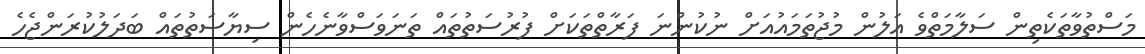
މަސްތުވާތަކެތިން ސަލާމަތްވެ އަލުން މުޖުތަމައުއަށް ނުކުންނަ ފަރާތްތަކަށް ފުރުސަތުތައް ތަނަވަސްވާނެހެން ސިޔާސަތުތައް ބަދަލުކުރަންޖެހެ